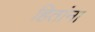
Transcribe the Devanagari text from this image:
हितांना